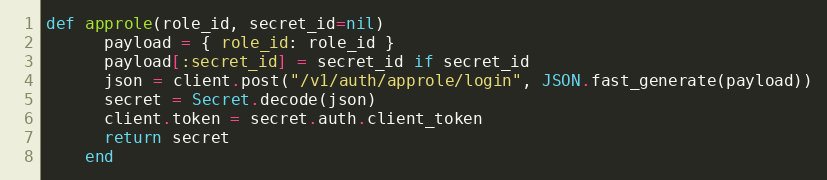
Language: Ruby
def approle(role_id, secret_id=nil)
      payload = { role_id: role_id }
      payload[:secret_id] = secret_id if secret_id
      json = client.post("/v1/auth/approle/login", JSON.fast_generate(payload))
      secret = Secret.decode(json)
      client.token = secret.auth.client_token
      return secret
    end